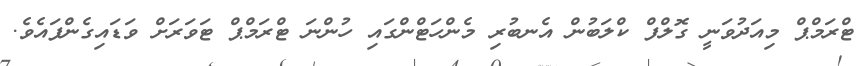
ޓްރަމްޕް މިއަދުވަނީ ގޮލްފް ކްލަބުން އެނބުރި މެންހަޓްންގައި ހުންނަ ޓްރަމްޕް ޓަވަރަށް ވަޑައިގެންފައެވެ.